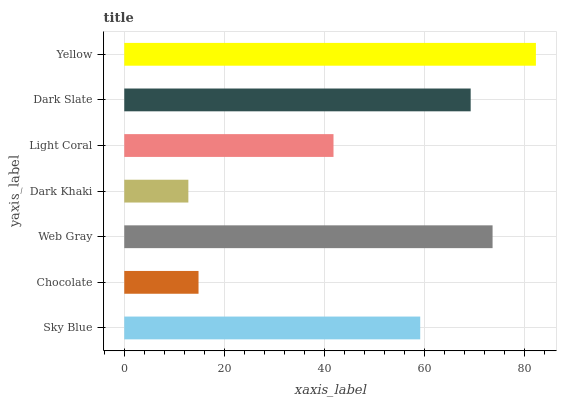
| yaxis_label | bars |
 | --- | --- |
 | Sky Blue | 59.1 |
 | Chocolate | 14.8 |
 | Web Gray | 73.6 |
 | Dark Khaki | 12.8 |
 | Light Coral | 41.8 |
 | Dark Slate | 69.2 |
 | Yellow | 82.3 |